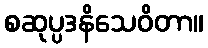
စဆုပ္ပဒနိသေဝိတာ။